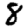
Digit: 8